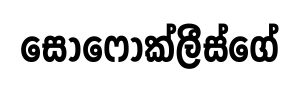
සොෆොක්ලීස්ගේ